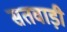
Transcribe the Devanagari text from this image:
सतवाड़ी